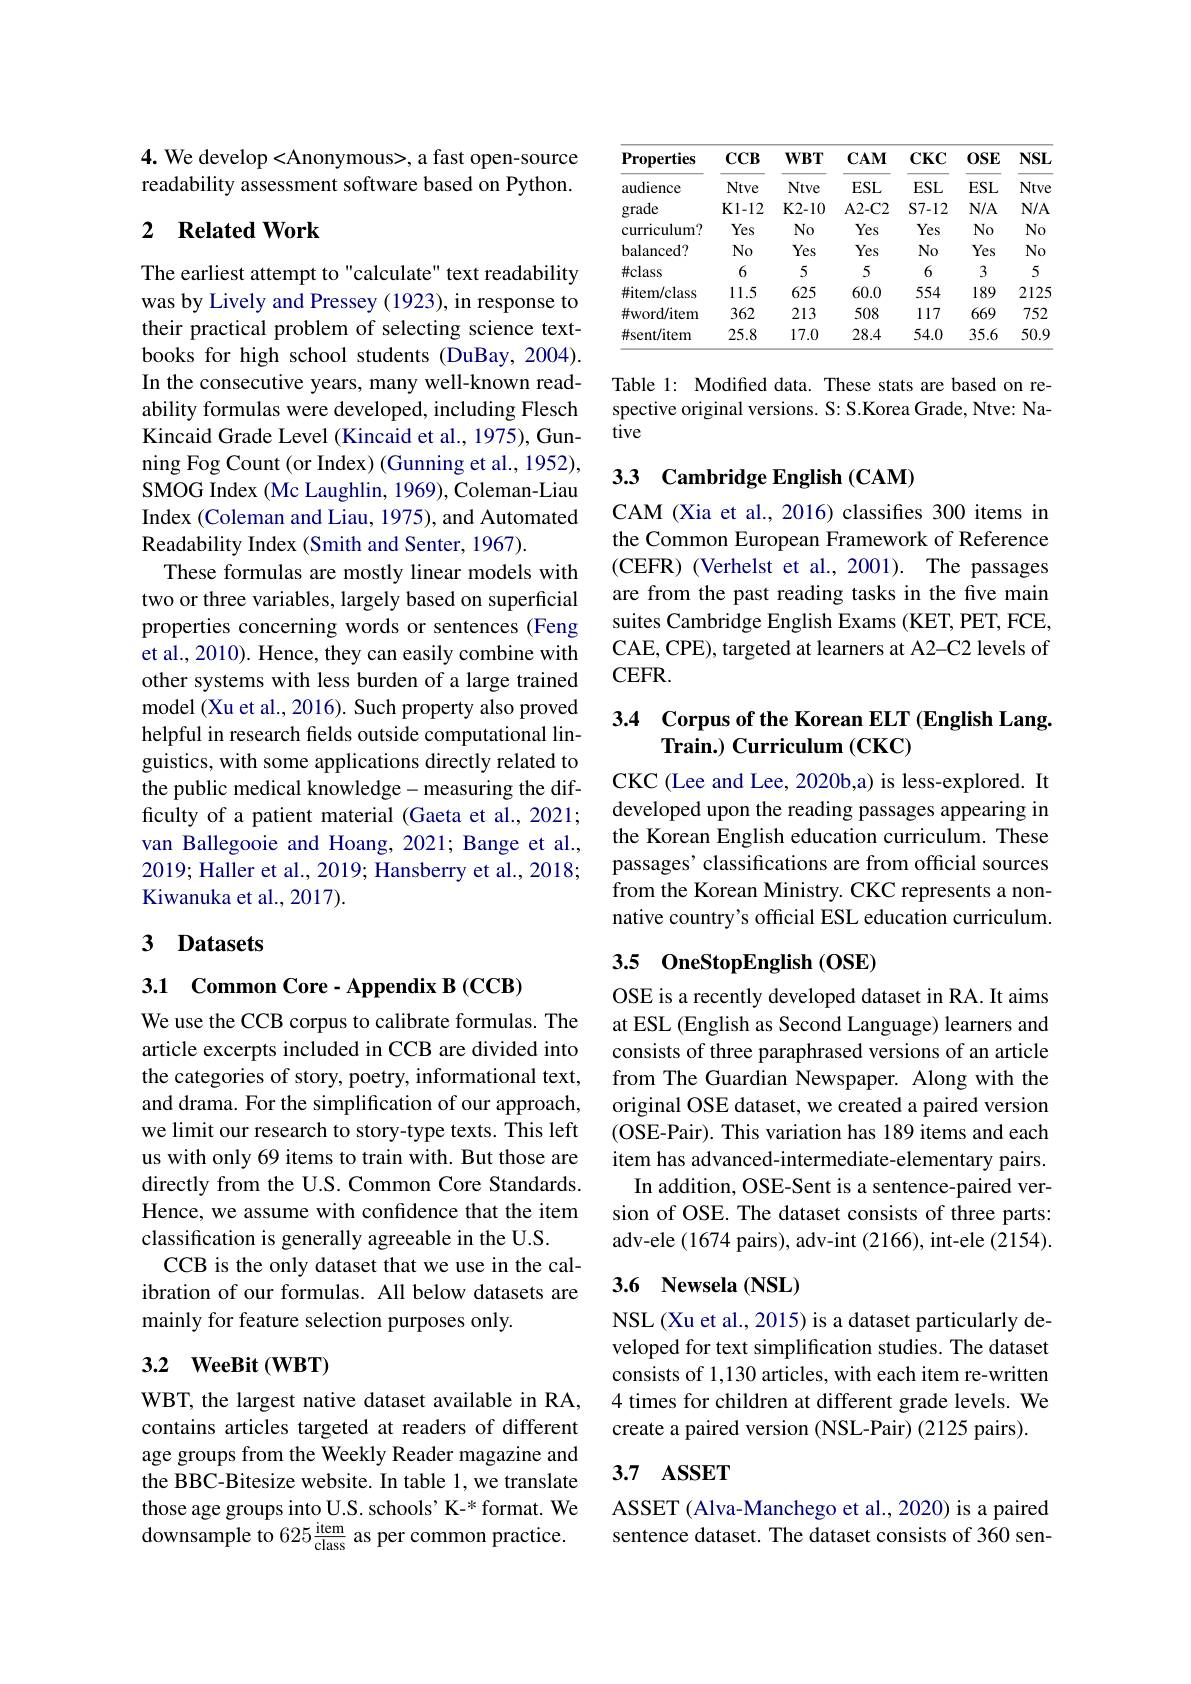
4. We develop <Anonymous>, a fast open-source readability assessment software based on Python.

## 2 Related Work

The earliest attempt to "calculate" text readability was by Lively and Pressey (1923), in response to their practical problem of selecting science textbooks for high school students (DuBay, 2004). In the consecutive years, many well-known readability formulas were developed, including Flesch Kincaid Grade Level (Kincaid et al., 1975), Gunning Fog Count (or Index) (Gunning et al., 1952), SMOG Index (Mc Laughlin, 1969), Coleman-Liau Index (Coleman and Liau, 1975), and Automated Readability Index ( Smith and Senter, 1967) .
These formulas are mostly linear models with two or three variables, largely based on superficial properties concerning words or sentences (Feng et al., 2010). Hence, they can easily combine with other systems with less burden of a large trained model (Xu et al., 2016). Such property also proved helpful in research felds outside computational linguistics, with some applications directly related to the public medical knowledge- measuring the difficulty of a patient material (Gaeta et al., 2021; van Ballegooie and Hoang, 2021; Bange et al., 2019; Haller et al., 2019; Hansberry et al., 2018; Kiwanuka et al., 2017).

## 3 Datasets

3.1 Common Core- Appendix B (CCB)

We use the CCB corpus to calibrate formulas. The article excerpts included in CCB are divided into the categories of story, poetry, informational text, and drama. For the simplification of our approach, we limit our research to story-type texts. This left us with only 69 items to train with. But those are directly from the U.S. Common Core Standards. Hence, we assume with confidence that the item classification is generally agreeable in the U.S.
CCB is the only dataset that we use in the calibration of our formulas. All below datasets are mainly for feature selection purposes only.

### 3.2 WeeBit $(\mathbf{WBT})$

WBT, the largest native dataset available in RA, contains articles targeted at readers of different age groups from the Weekly Reader magazine and the BBC-Bitesize website. In table 1, we translate those age groups into U.S. schools' K-* format. We downsample to 625$\frac{\mathrm{item}}{\mathrm{class}}$ as per common practice.

<table>
	<tbody>
		<tr>
			<th>Properties</th>
			<th>$CCB$</th>
			<th>$WBT$</th>
			<th>$CAM$</th>
			<th>$CKC$</th>
			<th>$0\mathbf{SE}$</th>
			<th>$NSL$</th>
		</tr>
		<tr>
			<td>audience</td>
			<td>Ntve</td>
			<td>Ntve</td>
			<td>$ESL$</td>
			<td>$ESL$</td>
			<td>$ESL$</td>
			<td>Ntve</td>
		</tr>
		<tr>
			<td>grade</td>
			<td>$\mathbf{K}1-12$</td>
			<td>K2- 10</td>
			<td>A2- C2</td>
			<td>$S7-12$</td>
			<td>$N/A$</td>
			<td>$N/A$</td>
		</tr>
		<tr>
			<td>curriculum?</td>
			<td>Yes</td>
			<td>$No$</td>
			<td>Yes</td>
			<td>Yes</td>
			<td>$No$</td>
			<td>$No$</td>
		</tr>
		<tr>
			<td>balanced?</td>
			<td>$No$</td>
			<td>Yes</td>
			<td>Yes</td>
			<td>$No$</td>
			<td>Yes</td>
			<td>$No$</td>
		</tr>
		<tr>
			<td>$\#class$</td>
			<td>6</td>
			<td>5</td>
			<td>5</td>
			<td>6</td>
			<td>3</td>
			<td>5</td>
		</tr>
		<tr>
			<td>#item/class</td>
			<td>11.5</td>
			<td>625</td>
			<td>60.0</td>
			<td>554</td>
			<td>189</td>
			<td>2125</td>
		</tr>
		<tr>
			<td>$\#$word/item</td>
			<td>362</td>
			<td>213</td>
			<td>508</td>
			<td>117</td>
			<td>669</td>
			<td>752</td>
		</tr>
		<tr>
			<td>#sent/item</td>
			<td>25.8</td>
			<td>17.0</td>
			<td>28.4</td>
			<td>54.0</td>
			<td>35.6</td>
			<td>50.9</td>
		</tr>
	</tbody>
</table>

Table 1: Modified data. These stats are based on respective original versions. S: S.Korea Grade, Ntve: Native

## 3.3 Cambridge English (CAM)

CAM (Xia et al., 2016) classifies 300 items in the Common European Framework of Reference (CEFR) (Verhelst et al., 2001). The passages are from the past reading tasks in the five main suites Cambridge English Exams (KET, PET, FCE, CAE, CPE), targeted at learners at A2-C2 levels of $CEFR.$

# 3.4 Corpus of the Korean ELT (English Lang. Train.) Curriculum (CKC)

CKC (Lee and Lee, 2020b,a) is less-explored. It developed upon the reading passages appearing in the Korean English education curriculum. These passages' classifications are from official sources from the Korean Ministry. CKC represents a nonnative country's official ESL education curriculum.

## 3.5 0neStopEnglish $(\mathbf{OSE})$

OSE is a recently developed dataset in RA. It aims at ESL (English as Second Language) learners and consists of three paraphrased versions of an article from The Guardian Newspaper. Along with the original OSE dataset, we created a paired version (OSE-Pair). This variation has 189 items and each item has advanced-intermediate-elementary pairs.
In addition, OSE-Sent is a sentence-paired version of OSE. The dataset consists of three parts: adv-ele (1674 pairs), adv-int (2166), int-ele (2154).

## 3.6 Newsela (NSL)

NSL (Xu et al., 2015) is a dataset particularly developed for text simplification studies. The dataset consists of 1,130 articles, with each item re-written 4 times for children at different grade levels. We create a paired version (NSL-Pair) (2125 pairs).

## 3.7 $\mathbf{ASSET}$

ASSET (Alva-Manchego et al., 2020) is a paired sentence dataset. The dataset consists of 360 sen-